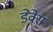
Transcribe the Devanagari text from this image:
डेवेस